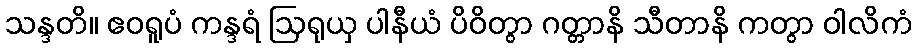
သန္ဒတိ။ ဧဝရူပံ ကန္ဒရံ ဩရုယှ ပါနီယံ ပိဝိတွာ ဂတ္တာနိ သီတာနိ ကတွာ ဝါလိကံ